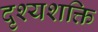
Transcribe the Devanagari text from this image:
दृश्यशक्ति